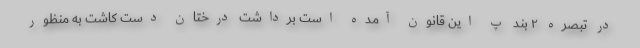
در تبصره ۲ بند پ این قانون آمده است برداشت درختان دست کاشت به منظور